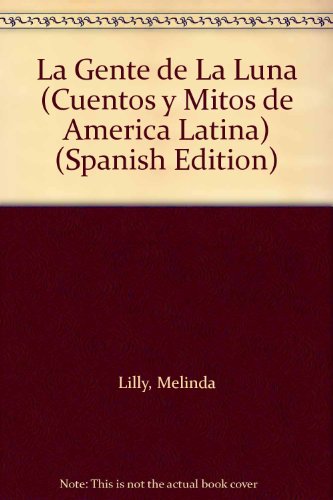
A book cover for La Gente de La Luna (Cuentos y Mitos de America Latina) (Spanish Edition); Melinda Lilly; Children's Books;